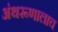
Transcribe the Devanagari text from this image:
अंथरूणालाच